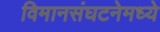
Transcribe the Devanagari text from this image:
विमानसंघटनेमध्ये